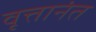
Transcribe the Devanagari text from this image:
वृत्तानंत